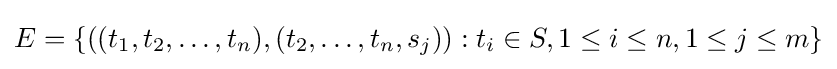
E=\{((t_{1},t_{2},\dots ,t_{n}),(t_{2},\dots ,t_{n},s_{j})):t_{i}\in S,1\leq i\leq n,1\leq j\leq m\}